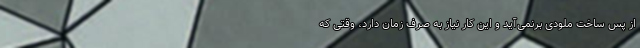
از پس ساخت ملودی برنمی‌آید و این کار نیاز به صرف زمان دارد، وقتی که